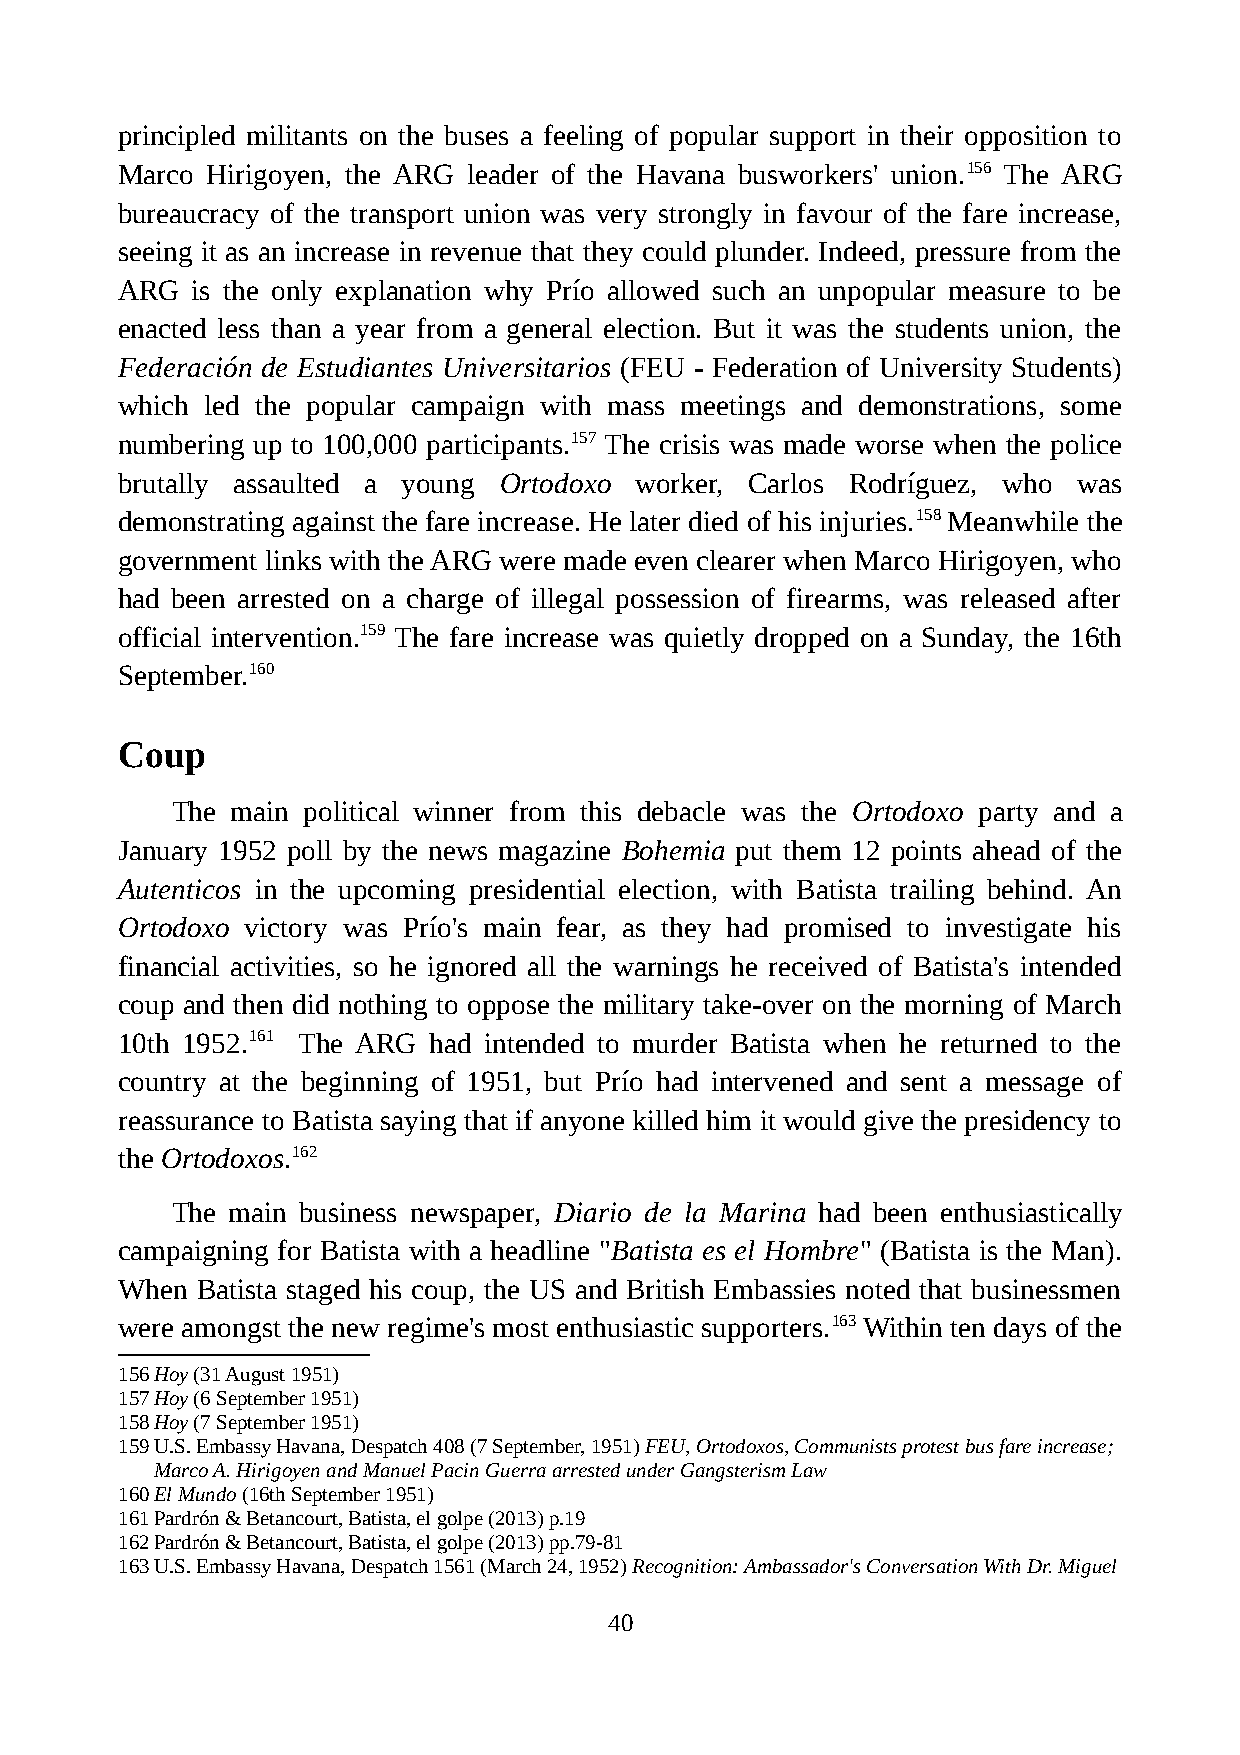
principled militants on the buses a feeling of popular support in their opposition to
 Marco Hirigoyen, the ARG leader of the Havana busworkers' union.156 The ARG
 bureaucracy of the transport union was very strongly in favour of the fare increase,
 seeing it as an increase in revenue that they could plunder. Indeed, pressure from the
 ARG  is the only explanation why Prío allowed such an unpopular measure to be
 enacted less than a year from a general election. But it was the students union, the
 Federación de Estudiantes Universitarios (FEU - Federation of University Students)
 which led the popular campaign with mass meetings and demonstrations, some
 numbering up to 100,000 participants.157 The crisis was made worse when the police
 brutally assaulted a young Ortodoxo worker, Carlos Rodríguez, who was
 demonstrating against the fare increase. He later died of his injuries.158 Meanwhile the
 government links with the ARG were made even clearer when Marco Hirigoyen, who
 had been arrested on a charge of illegal possession of firearms, was released after
 official intervention.159 The fare increase was quietly dropped on a Sunday, the 16th
 September.160
 Coup
 The main political winner from this debacle was the Ortodoxo party and a
 January 1952 poll by the news magazine Bohemia put them 12 points ahead of the
 Autenticos in the upcoming presidential election, with Batista trailing behind. An
 Ortodoxo victory was Prío's main fear, as they had promised to investigate his
 financial activities, so he ignored all the warnings he received of Batista's intended
 coup and then did nothing to oppose the military take-over on the morning of March
 10th 1952.161 The ARG had intended to murder Batista when he returned to the
 country at the beginning of 1951, but Prío had intervened and sent a message of
 reassurance to Batista saying that if anyone killed him it would give the presidency to
 the Ortodoxos.162
 The main business newspaper, Diario de la Marina had been enthusiastically
 campaigning for Batista with a headline "Batista es el Hombre" (Batista is the Man).
 When Batista staged his coup, the US and British Embassies noted that businessmen
 were amongst the new regime's most enthusiastic supporters.163 Within ten days of the
 156Hoy (31 August 1951)
 157Hoy (6 September 1951)
 158Hoy (7 September 1951)
 159U.S. Embassy Havana, Despatch 408 (7 September, 1951) FEU, Ortodoxos, Communists protest bus fare increase;
 Marco A. Hirigoyen and Manuel Pacin Guerra arrested under Gangsterism Law
 160El Mundo (16th September 1951)
 161Pardrón & Betancourt, Batista, el golpe (2013) p.19
 162Pardrón & Betancourt, Batista, el golpe (2013) pp.79-81
 163U.S. Embassy Havana, Despatch 1561 (March 24, 1952) Recognition: Ambassador's Conversation With Dr. Miguel
 40